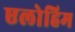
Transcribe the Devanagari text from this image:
एलोहिम